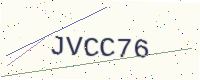
Text: JVCC76